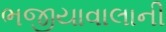
ભજીયાવાલાની